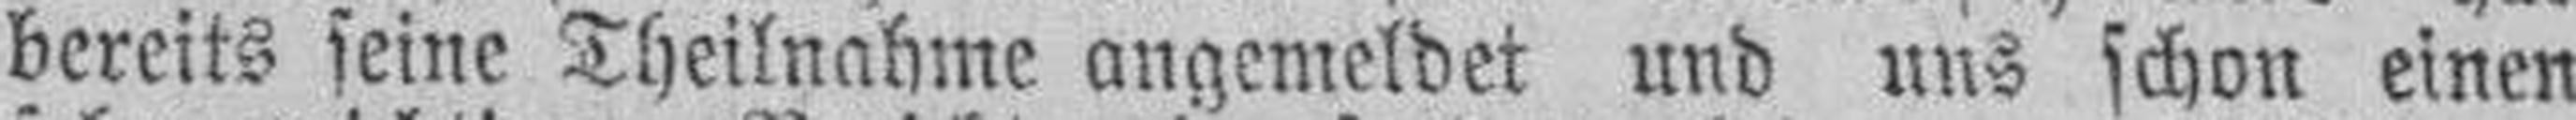
bereits seine Theilnahme angemeldet und uns schon einen